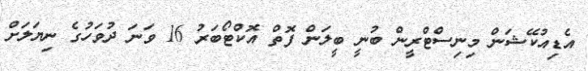
އެޑިއުކޭޝަން މިނިސްޓްރީން ބުނީ ބީލަން ފޮތް އޮކްޓޯބަރު 16 ވަނަ ދުވަހުގެ ނިޔަލަށް